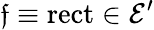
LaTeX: \mathfrak{f}\equiv\operatorname{rect}\in{\mathcal{{E}}}^{\prime}